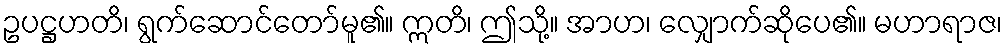
ဥပဋ္ဌဟတိ၊ ရွက်ဆောင်တော်မူ၏။ ဣတိ၊ ဤသို့။ အာဟ၊ လျှောက်ဆိုပေ၏။ မဟာရာဇ၊